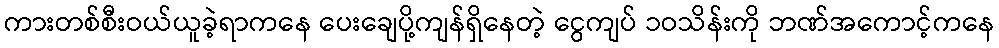
ကားတစ်စီးဝယ်ယူခဲ့ရာကနေ ပေးချေပို့ကျန်ရှိနေတဲ့ ငွေကျပ် ၁ဝသိန်းကို ဘဏ်အကောင့်ကနေ